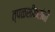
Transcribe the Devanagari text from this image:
त्पळशीकरांनी